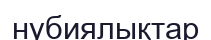
нубиялықтар